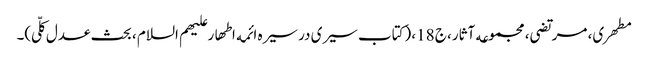
مطهری، مرتضی، مجموعه آثار، ج 18، (کتاب سیری در سیره ائمه اطهار علیهم السلام ، بحث عدل کلّی)۔